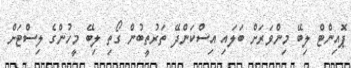
ޕޮއިންޓް ލިބޭ މިންވަރަށް ބަލައި އިސްކަންދޭ ތަރުތީބުން ގޯތި ލިބޭ މީހުންގެ ލިސްޓަށް